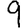
Digit: 9